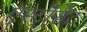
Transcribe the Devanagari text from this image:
एस्ट्रोसैट